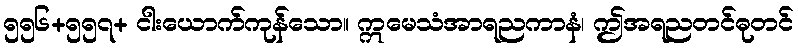
၅၅၆+၅၅၇+ ငါးယောက်ကုန်သော။ ဣမေသံအာရညကာနံ၊ ဤအရညတင်ဓုတင်